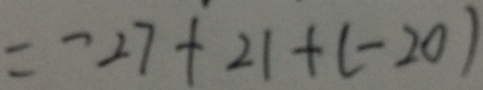
= - 2 7 + 2 1 + ( - 2 0 )